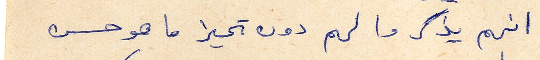
انهم يذكروا لهم دون تحيز ما هو حسن